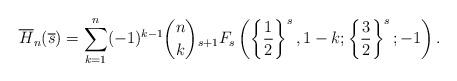
LaTeX: \begin{align*}\overline{H}_n(\overline{s})=\sum\limits_{k=1}^n(-1)^{k-1}\binom{n}{k}{_{s+1}F_s}\left(\left\{\frac{1}{2}\right\}^{s},1-k;\left\{\frac{3}{2}\right\}^{s};-1\right).\end{align*}